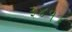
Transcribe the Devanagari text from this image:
३४१४